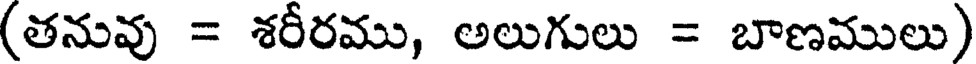
(తనువు = శరీరము, అలుగులు = బాణములు)